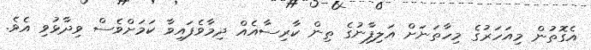
އެގޮތުން މިއަހަރުގެ މިހާތަނަށް އަލިފާނުގެ ތިން ކާރިސާއެއް ދިމާވެފައިވާ ކަމަށްވެސް ވިދާޅުވި އެވެ.